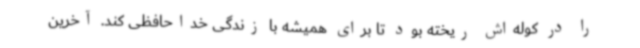
را در کوله‌اش ریخته بود تا برای همیشه با زندگی خداحافظی کند. آخرین